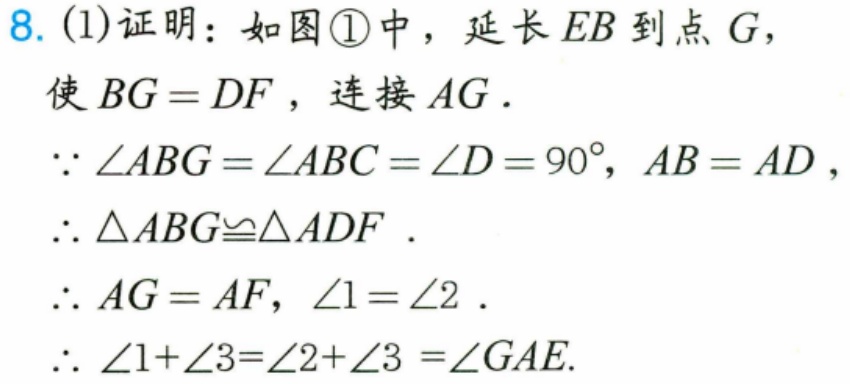
8. (1)证明：如图\textcircled{1}中，延长\(EB\)到点\(G\)，
使\(BG = DF\)，连接\(AG\)．
\(\because \angle ABG=\angle ABC = \angle D = 90^{\circ}\)，\(AB = AD\)，
\(\therefore \triangle ABG\cong\triangle ADF\)．
\(\therefore AG = AF\)，\(\angle1=\angle2\)．
\(\therefore \angle1 + \angle3=\angle2+\angle3=\angle GAE\).